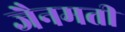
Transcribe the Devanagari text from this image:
जैनमती